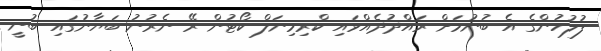
ފުލުހުންގެ އެ ބުނުމަށް ރައްދުދެއްވައި ކްރިމިނަލް ކޯޓުން ރޭ ނެރުނު ބަޔާނުގައި ބުނީ